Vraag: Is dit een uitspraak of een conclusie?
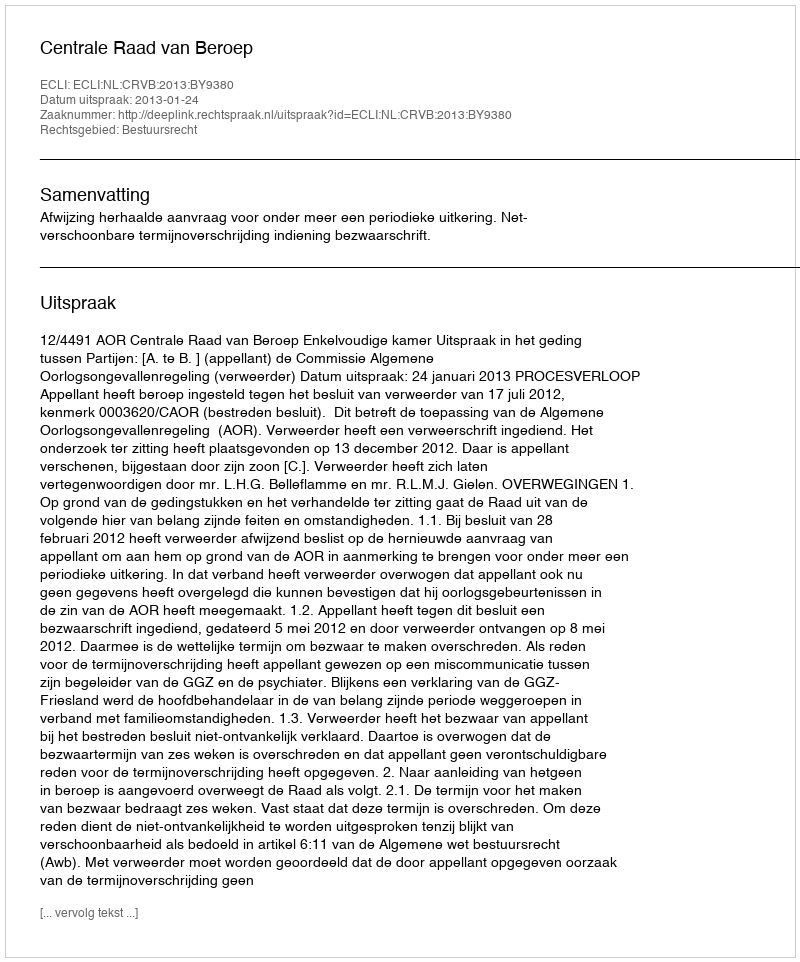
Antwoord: Uitspraak